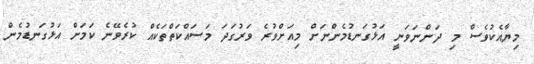
މިޔާއެކުވެސް މި ދަންނަވަނީ އަޅުގަނޑުމެންނަށް މިއަށްވުރެ ވަރުގަދަ މަސައްކަތްތަކެއް ކުރެވޭނެ ކަމަށް އަޅުގަނޑުމެން